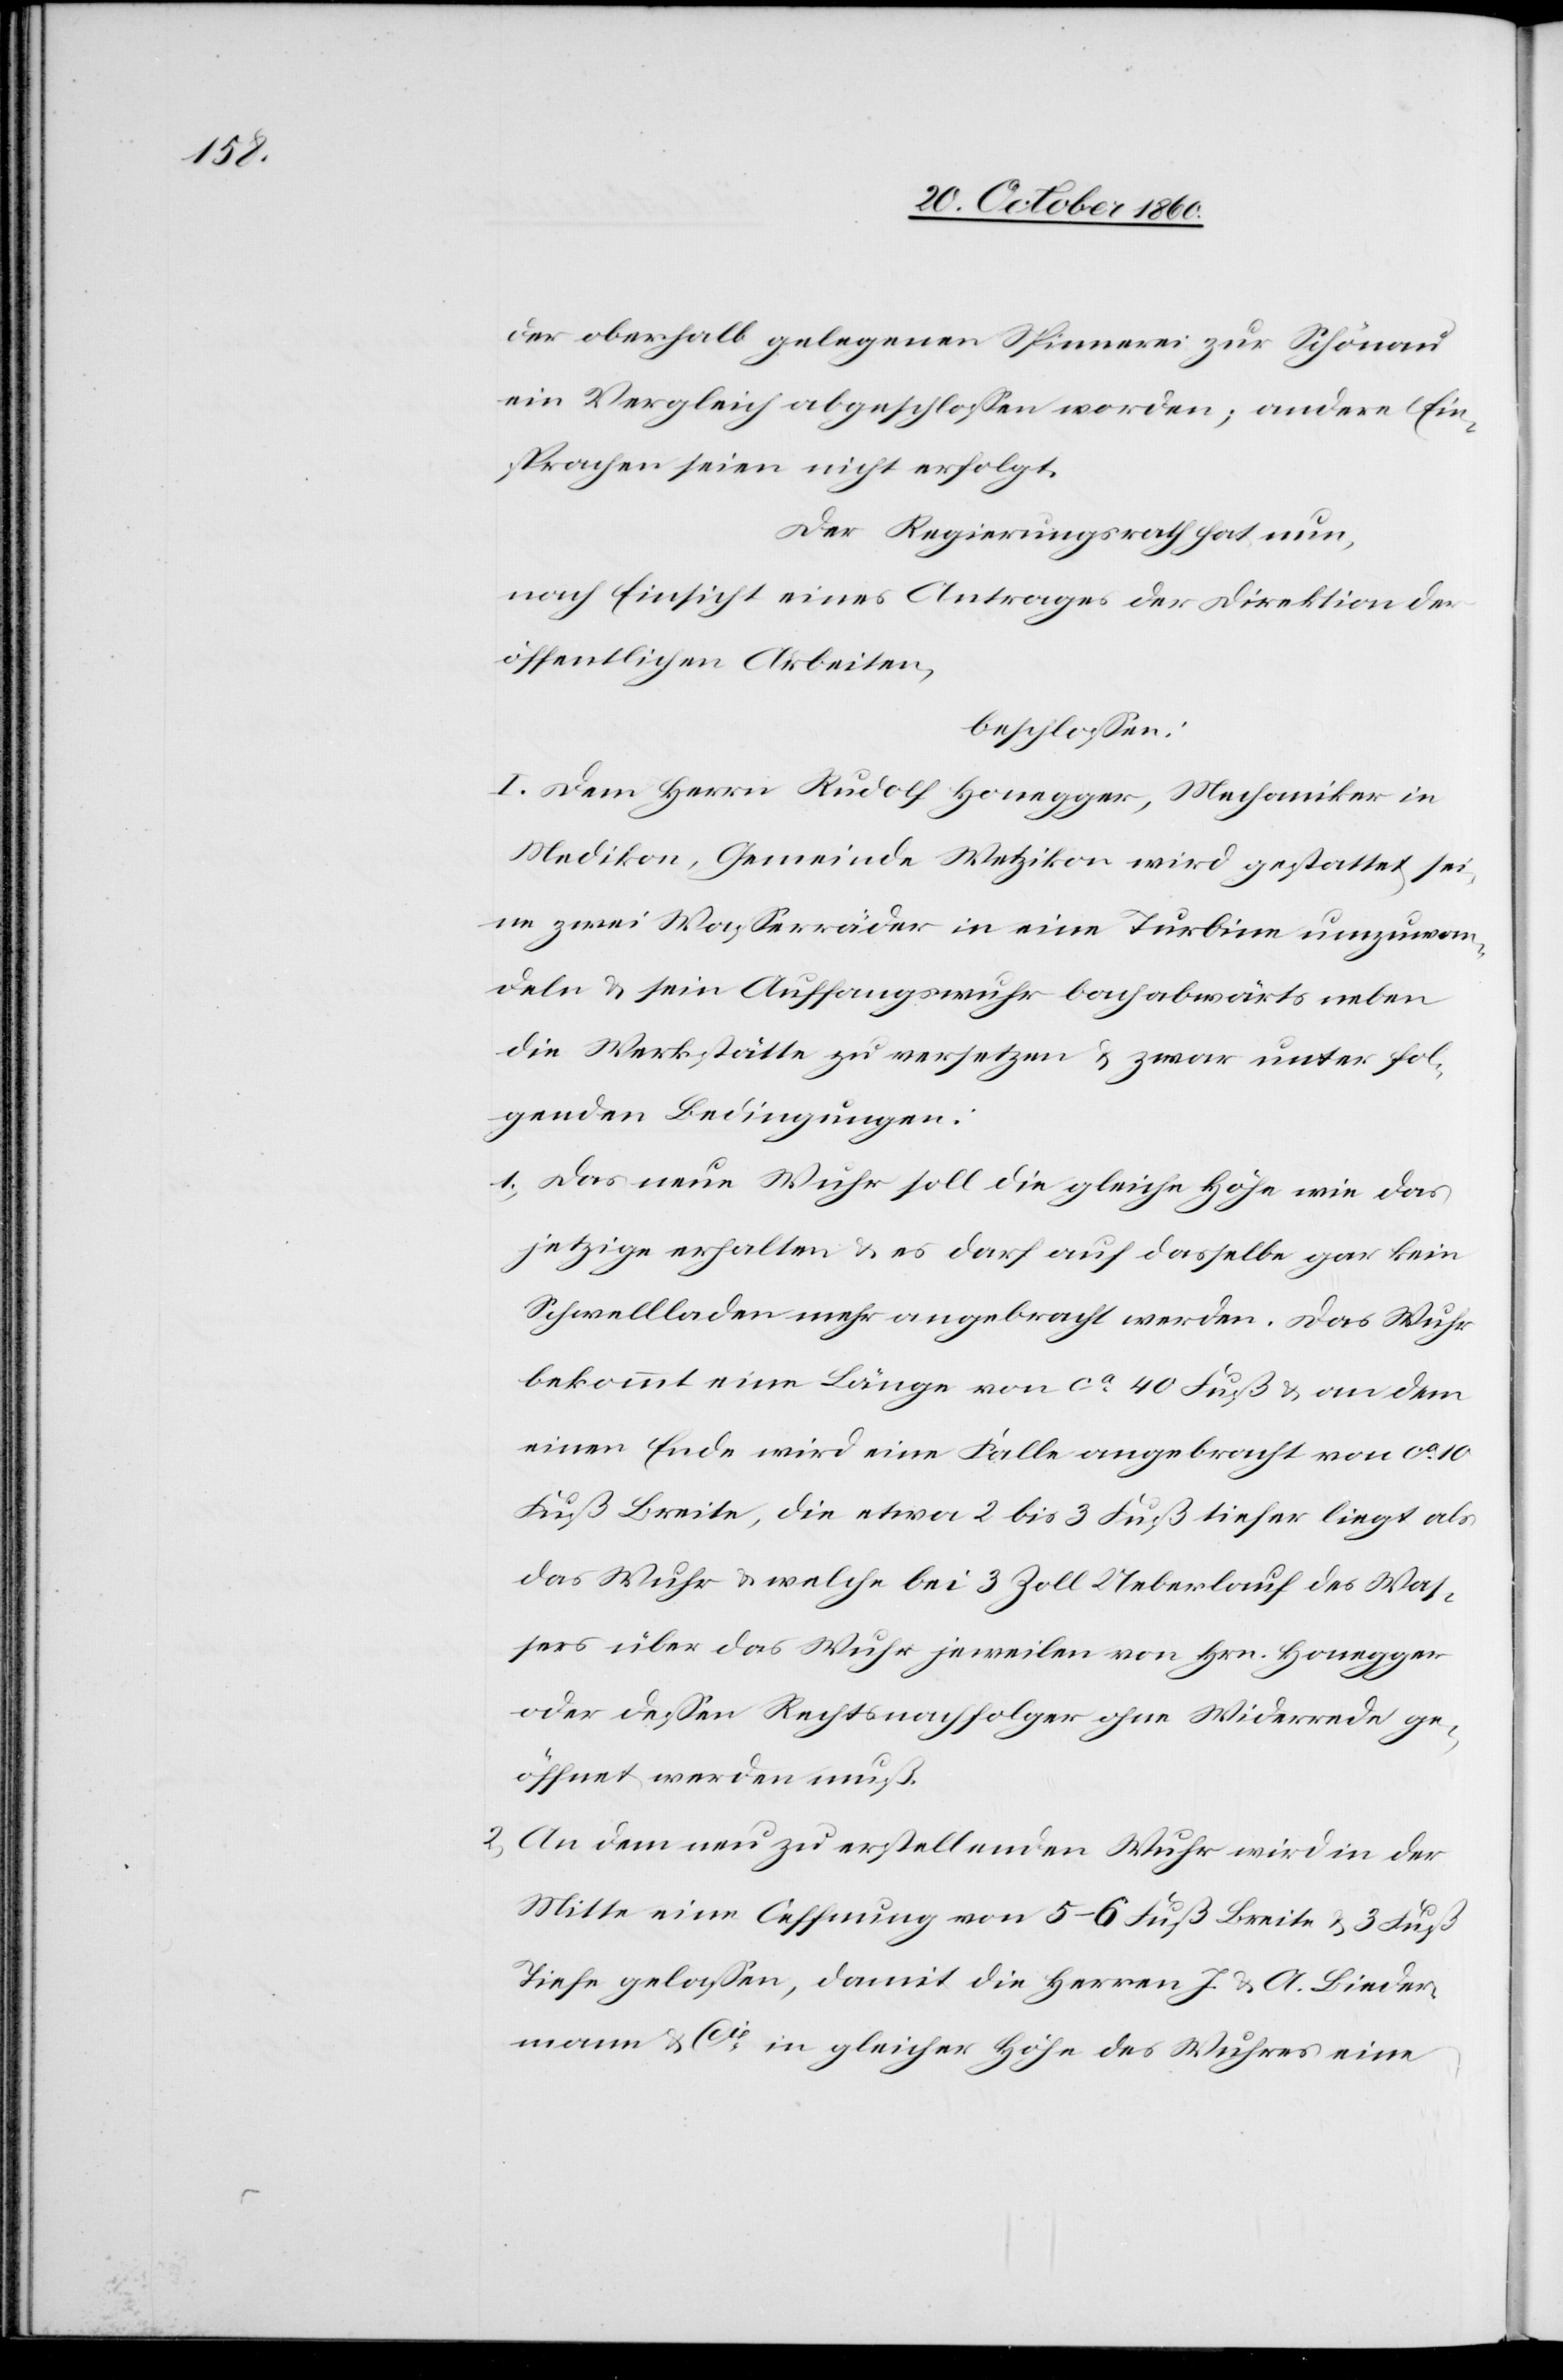
der oberhalb gelegenen Spinnerei zur Schönau
ein Vergleich abgeschlossen worden; andere Ein¬
sprachen seien nicht erfolgt.
Der Regierungsrath hat nun,
nach Einsicht eines Antrages der Direktion der
öffentlichen Arbeiten,
beschlossen:
I. Dem Herrn Rudolf Honegger, Mechaniker in
Medikon, Gemeinde Wetzikon wird gestattet sei¬
ne zwei Wasserräder in eine Turbine umzuwan¬
deln u. sein Auffangswuhr bachabwärts neben
die Werkstätte zu versetzen u. zwar unter fol¬
genden Bedingungen:
1. Das neue Wuhr soll die gleiche Höhe wie das
jetzige erhalten u. es darf auf dasselbe gar kein
Schwelladen mehr angebracht werden. Das Wuhr
bekommt eine Länge von ca 40 Fuß u. an dem
einen Ende wird eine Falle angebracht von ca 10
Fuß Breite, die etwa 2 bis 3 Fuß tiefer liegt als
das Wuhr u. welche bei 3 Zoll Ueberlauf des Was¬
sers über das Wuhr jeweilen von Hrn. Honegger
oder dessen Rechtsnachfolger ohne Widerrede ge¬
öffnet werden muß.
2. An dem neu zu erstellenden Wuhr wird in der
Mitte eine Oeffnung von 5–6 Fuß Breite u. 3 Fuß
Tiefe gelassen, damit die Herren J. u. A. Bieder¬
mann & Cie in gleicher Höhe des Wuhres eine